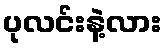
ပုလင်းနဲ့လား